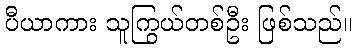
ပီယာကား သူကြွယ်တစ်ဦး ဖြစ်သည်။